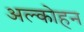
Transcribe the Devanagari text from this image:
अल्कोहन